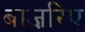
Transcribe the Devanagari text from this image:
बाज़रिए